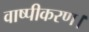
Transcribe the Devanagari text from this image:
वाष्पीकरण।